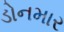
ડોનમાર